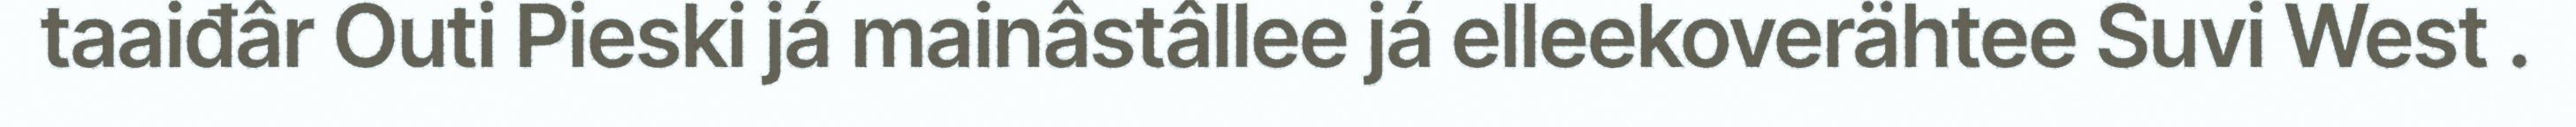
taaiđâr Outi Pieski já mainâstâllee já elleekoverähtee Suvi West .